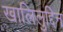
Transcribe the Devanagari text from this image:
खालिलुद्दिन